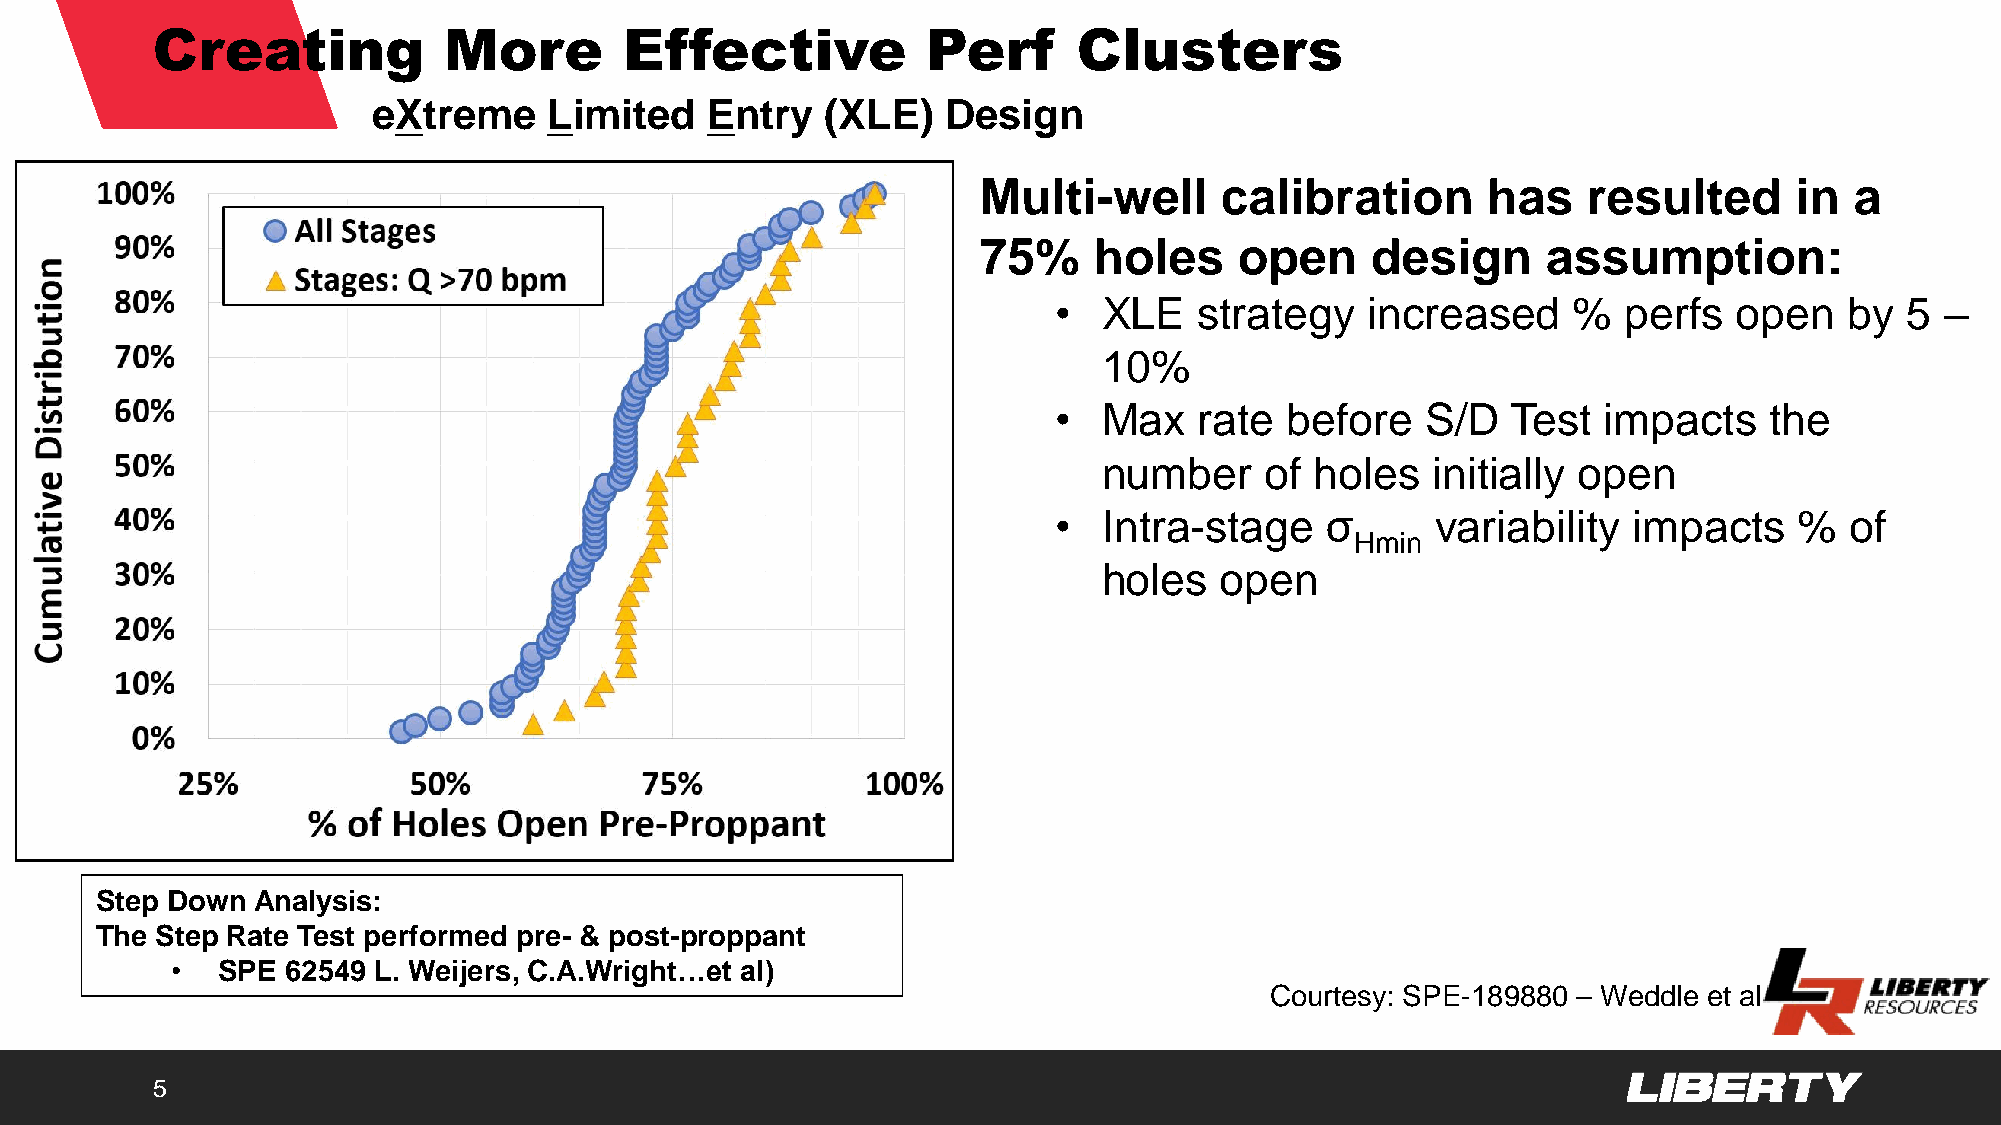
Creating           More        Effective           Perf      Clusters
 eXtreme    Limited    Entry   (XLE)   Design
 Multi-well      calibration      has    resulted      in  a
 75%    holes     open     design     assumption:
 •  XLE   strategy    increased    %   perfs  open   by  5  –
 10%
 •  Max   rate  before   S/D   Test  impacts    the
 number     of holes   initially open
 •  Intra-stage    σ      variability  impacts    %  of
 Hmin
 holes   open
 Step Down  Analysis:
 The Step Rate Test performed pre- & post-proppant
 •  SPE  62549 L. Weijers, C.A.Wright…et al)
 Courtesy: SPE-189880 – Weddle et al
 5